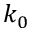
k _ { 0 }